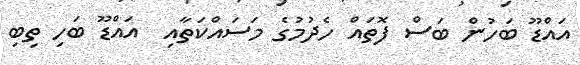
އައްޑޫ ބަހުން ބަސް ފޮތައް ހެދުމުގެ މަސައްކަތާއި  އައްޑޫ ބަހި ތިބި